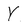
Character: Y